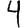
Digit: 4